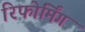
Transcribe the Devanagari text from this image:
रिफोर्मिंग